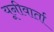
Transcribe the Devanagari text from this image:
यूनीवार्ता